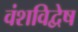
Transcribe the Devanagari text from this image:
वंशविद्वेष